Report of veterinary surgeon J.H. Steel, A.V.D., on his investigation into an obscure and fatal disease among transport mules in British Burma
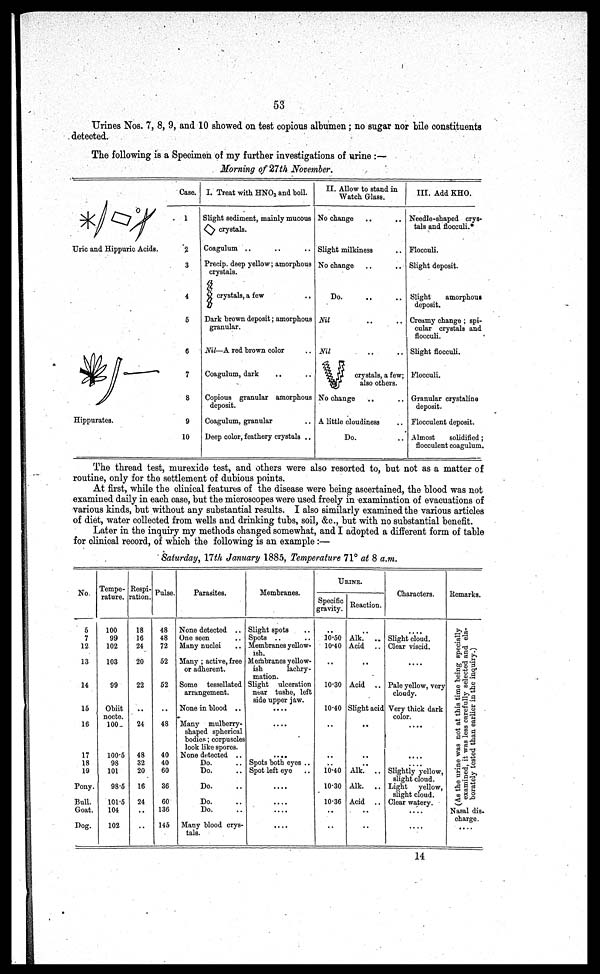
53
Urines Nos. 7, 8, 9, and 10 showed on test copious albumen; no sugar nor bile constituents
detected.
The following is a Specimen of my further investigations of urine :—
Morning of 27th November.
Case.
Uric and Hippuric Acids.
Hippurates.
1
2
3
4
5
6
7
8
9
10
I. Treat with HNO 3 and boil.
Slight sediment, mainly mucous
crystals.
Coagulum
Precip. deep yellow; amorphous
crystals.
crystals, a few
..
Dark brown deposit; amorphous
granular.
Nil—A red brown color
Coagulum, dark
..
Copious granular amorphous
deposit.
Coagulum, granular
Deep color, feathery crystals ..
II. Allow to stand in
Watch Glass.
No change
..
,.
Slight milkiness
No change
Do
Nil
Nil
crystals, a few;
also others.
No change
A little cloudiness
Do.
III. Add KHO.
Needle-shaped crys-
tals and flocculi.
Flocculi.
Slight deposit.
Slight
amorphous
deposit.
Creamy change ; spi-
cular crystals and
flocculi.
Slight flocculi.
Flocculi.
Granular crystaline
deposit.
Flocculent deposit.
Almost
solidified ;
flocculent coagulum.
The thread test, murexide test, and others were also resorted to, but not as a matter of
routine, only for the settlement of dubious points.
At first, while the clinical features of the disease were being ascertained, the blood was not
examined daily in each case, but the microscopes were used freely in examination of evacuations of
various kinds, but without any substantial results. I also similarly examined the various articles
of diet, water collected from wells and drinking tubs, soil, &c, but with no substantial benefit.
Later in the inquiry my methods changed somewhat, and I adopted a different form of table
for clinical record, of which the following is an example :—
Saturday, 17th January 1885, Temperature 71° at 8 a.m.
No.
5
7
12
13
14
15
16
17
18
19
Pony.
Bull.
Goat.
Dog.
Tempe-
rature.
100
99
102
103
99
Obiit
nocte.
100
100.5
98
101
98.6
101.5
104
102
Respi-
ration.
18
16
24
20
22
..
24
48
32
20
16
24
...
..
Pulse.
48
48
72
52
52
..
48
40
40
60
36
60
136
145
Parasites.
None detected ..
One seen
Many nuclei
Many ; active, free
or adherent.
Some tessellated
arrangement.
None in blood ..
Many mulberry-
shaped spherical
bodies; corpuscles
look like spores.
None detected ..
Do.
Do.
Do.
Do.
Do.
Many blood crys-
tals.
Membranes.
Slight spots
Spots
Membranes yellow-
ish.
Membranes yellow-
ish
lachry-
mation.
Slight ulceration
near tushe, left
side upper jaw.
....
....
Spots both eyes ..
Spot loft eye
....
....
....
....
URINE.
Specific
gravity.
..
10.50
10.40
..
10.30
10.40
..
..
10.40
10.30
10.36
...
...
Reaction.
..
Alk.
..
Acid
..
Acid
Slight acid
...
...
...
...
Alk. ..
Alk. ..
Acid
...
...
Characters.
....
Slight cloud.
Clear viscid.
....
Pale yellow, very
cloudy.
Very thick dark
color.
....
....
Slightly yellow,
slight cloud.
Light
yellow,
slight cloud.
Clear watery.
....
...
Remarks.
(As the urine was not at this time being specially
examined, it was less carefully selected and ela-
borately tested than earlier in the inquiry.)
Nasal dis.
charge
....
14